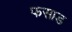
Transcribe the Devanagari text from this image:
फसाड